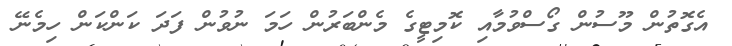
އެގޮތުން މޫސުން ގޯސްވުމާއި ކޮމިޓީގެ މެންބަރުން ހަމަ ނުވުން ފަދަ ކަންކަން ހިމެނޭ